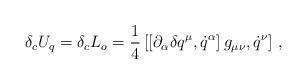
LaTeX: \begin{align*}\delta_{c}U_{q}=\delta_{c}L_{o}=\frac{1}{4}\left[ \left[ \partial_{\alpha}\delta q^{\mu},\dot{q}^{\alpha}\right]g_{\mu\nu}, \dot{q}^{\nu} \right]\,,\end{align*}